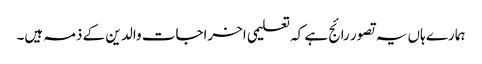
ہمارے ہاں یہ تصور رائج ہے کہ تعلیمی اخراجات والد ین کے ذمہ ہیں۔